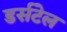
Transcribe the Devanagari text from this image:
डर्सटेल